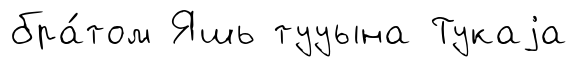
бра́том Яшь тууына Тукаjа